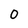
Character: 0